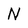
Character: N